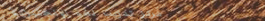
مركز تدريب لغة الإنجليزية